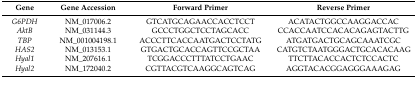
<table><thead><tr><td><b>Gene</b></td><td><b>Gene Accession</b></td><td><b>Forward Primer</b></td><td><b>Reverse Primer</b></td></tr></thead><tbody><tr><td><i>G6PDH</i></td><td>NM_017006.2</td><td>GTCATGCAGAACCACCTCCT</td><td>ACATACTGGCCAAGGACCAC</td></tr><tr><td><i>AktB</i></td><td>NM_031144.3</td><td>GCCCTGGCTCCTAGCACC</td><td>CCACCAATCCACACAGAGTACTTG</td></tr><tr><td><i>TBP</i></td><td>NM_001004198.1</td><td>ACCCTTCACCAATGACTCCTATG</td><td>ATGATGACTGCAGCAAATCGC</td></tr><tr><td><i>HAS2</i></td><td>NM_013153.1</td><td>GTGACTGCACCAGTTCCGCTAA</td><td>CATGTCTAATGGGACTGCACACAAG</td></tr><tr><td><i>Hyal1</i></td><td>NM_207616.1</td><td>TCGGACCCTTTATCCTGAAC</td><td>TTCTTACACCACTCTCCACTC</td></tr><tr><td><i>Hyal2</i></td><td>NM_172040.2</td><td>CGTTACGTCAAGGCAGTCAG</td><td>AGGTACACGGAGGGAAAGAG</td></tr></tbody></table>